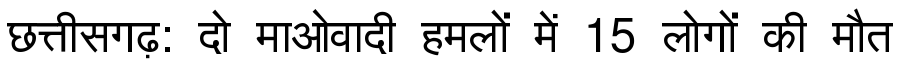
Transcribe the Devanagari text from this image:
छत्तीसगढ़: दो माओवादी हमलों में 15 लोगों की मौत